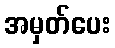
အမှတ်ပေး